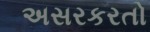
અસરકરતો